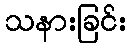
သနားခြင်း